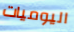
اليوميات